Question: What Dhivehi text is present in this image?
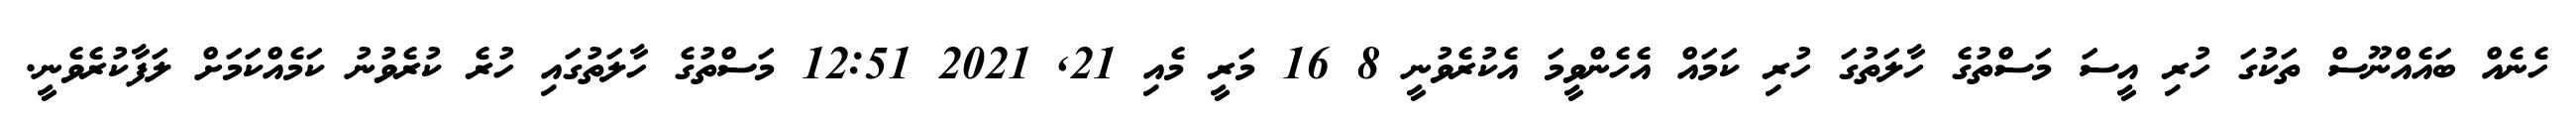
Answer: ހެނެއް ބައެއްނޫސް ތަކުގަ ހުރި އީސަ މަސްތުގެ ހާލަތުގަ ހުރި ކަމައް އެހެންވީމަ އެކުރެވުނީ 8 16 މަރީ މެއި 21, 2021 12:51 މަސްތުގެ ހާލަތުގައި ހުރެ ކުރެވުނު ކަމެއްކަމަށް ލަފާކުރެވެނީ.